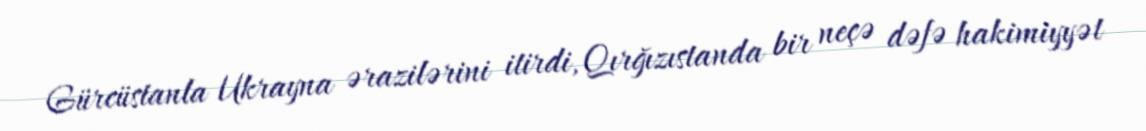
Gürcüstanla Ukrayna ərazilərini itirdi, Qırğızıstanda bir neçə dəfə hakimiyyət